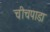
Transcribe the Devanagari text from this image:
चीचपाडा